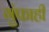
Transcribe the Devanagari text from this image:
गुंफाही